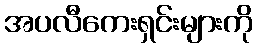
အပလီကေးရှင်းများကို